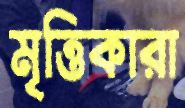
মৃত্তিকারা